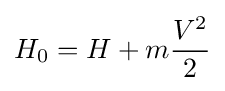
H_{0}=H+m{\frac {V^{2}}{2}}